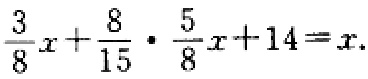
$\frac{3}{8}x+\frac{8}{15}\cdot \frac{5}{8}x + 14 = x$